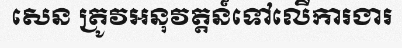
សេន ត្រូវអនុវត្តន៍ទៅលើការងារ